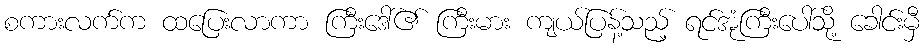
စကားလက်က ထပြေးလာကာ ကြီးဒေါ်၏ ကြီးမား ကျယ်ပြန့်သည့် ရင်အုံကြီးပေါ်သို့ ခေါင်းမှီ